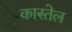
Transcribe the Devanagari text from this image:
कास्तेल